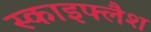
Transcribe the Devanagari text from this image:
स्काइफ्लैश